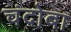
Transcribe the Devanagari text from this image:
चंदोबा